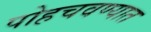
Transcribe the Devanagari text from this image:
पोहचवण्यात